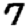
Digit: 7